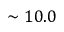
\sim 1 0 . 0